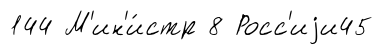
144 М'ин'и́стр 8 Росс'иjи45